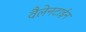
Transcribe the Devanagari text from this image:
वैलेनटाईन